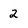
Character: 2